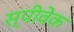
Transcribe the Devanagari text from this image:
स्पीवेक